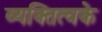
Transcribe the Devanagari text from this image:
व्यक्तित्वके